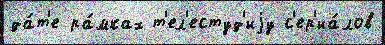
да́т'е ра́мках т'ел'естуд'иjу с'ер'иа́лов